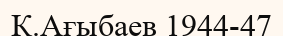
К.Ағыбаев 1944-47